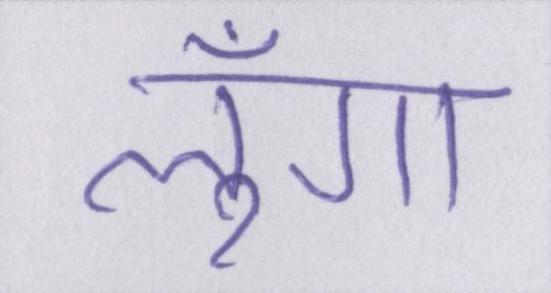
लूँगा